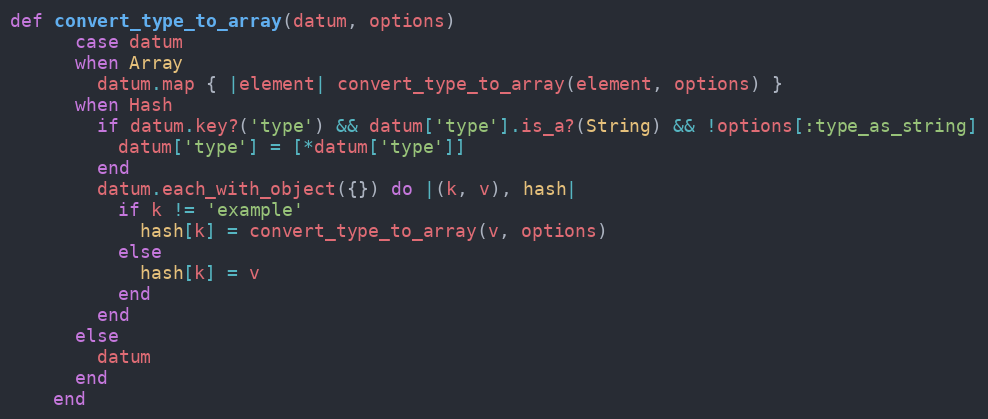
Language: Ruby
def convert_type_to_array(datum, options)
      case datum
      when Array
        datum.map { |element| convert_type_to_array(element, options) }
      when Hash
        if datum.key?('type') && datum['type'].is_a?(String) && !options[:type_as_string]
          datum['type'] = [*datum['type']]
        end
        datum.each_with_object({}) do |(k, v), hash|
          if k != 'example'
            hash[k] = convert_type_to_array(v, options)
          else
            hash[k] = v
          end
        end
      else
        datum
      end
    end